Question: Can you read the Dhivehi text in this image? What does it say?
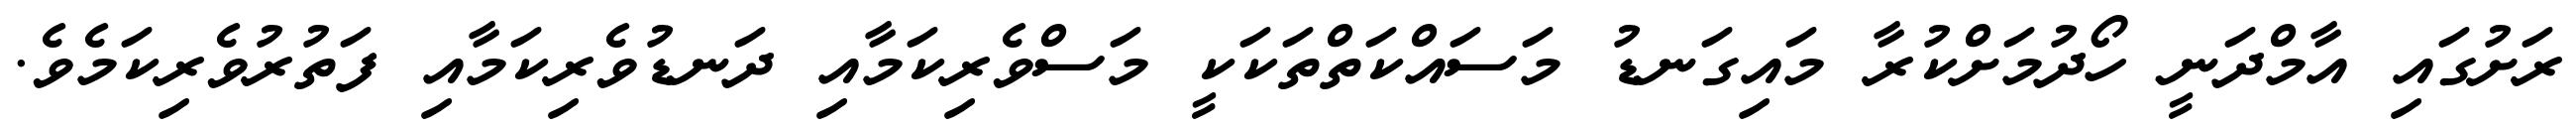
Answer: ރަށުގައި އާމްދަނީ ހޯދުމަށްކުރާ މައިގަނޑު މަސައްކަތްތަކަކީ މަސްވެރިކަމާއި ދަނޑުވެރިކަމާއި ފަތުރުވެރިކަމެވެ.